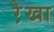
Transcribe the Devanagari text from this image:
रे़खा